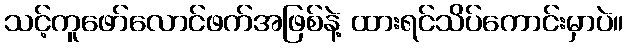
သင့်ကူဖော်လောင်ဖက်အဖြစ်နဲ့ ထားရင်သိပ်ကောင်းမှာပဲ။